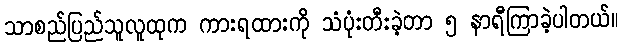
သာစည်ပြည်သူလူထုက ကားရထားကို သံပုံးတီးခဲ့တာ ၅ နာရီကြာခဲ့ပါတယ်။